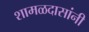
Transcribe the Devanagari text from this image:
शामळदासांनी